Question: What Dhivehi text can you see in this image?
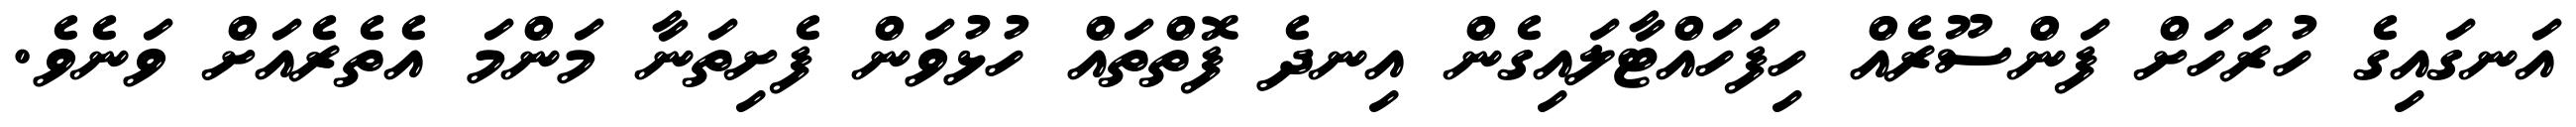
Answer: އަނގައިގެ ހުރަހަށް ފަންސޫރެއް ހިފަހައްޓާލައިގެން އިނދެ ފޮތްތައް ހުޅުވަން ފެށިތަނާ މަންމަ އެތެރެއަށް ވަނެވެ.